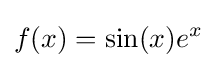
f(x)=\sin(x)e^{x}